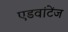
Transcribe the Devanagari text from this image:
एडवांटेंज